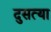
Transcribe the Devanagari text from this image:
दुसत्‍या